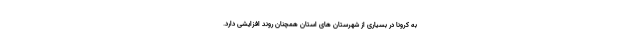
به کرونا در بسیاری از شهرستان های استان همچنان روند افزایشی دارد.